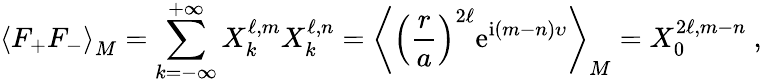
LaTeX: \left\langle F_{+}F_{-}\right\rangle_{M}=\sum_{k=-\infty}^{+\infty}X_{k}^{\ell,m}X_{k}^{\ell,n}=\left\langle\left(\frac{r}{a}\right)^{2\ell}\mathrm{e}^{\mathrm{i}(m-n)\upsilon}\right\rangle_{M}=X_{0}^{2\ell,m-n}\ ,